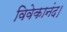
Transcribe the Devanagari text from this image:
विवेकानंद।